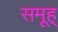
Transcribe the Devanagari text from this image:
समूह्